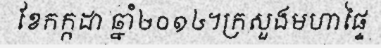
ខែកក្កដា ឆ្នាំ២០១៤។ក្រសួងមហាផ្ទៃ